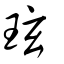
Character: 玹